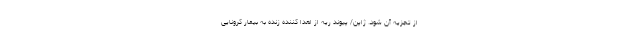
از تجزیه آن شود. ژاپن/ پیوند ریه از اهدا کننده زنده به بیمار کرونایی